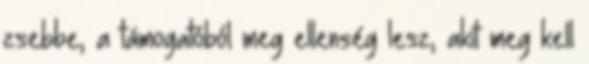
zsebbe, a támogatóból meg ellenség lesz, akit meg kell